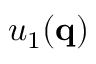
u _ { 1 } ( \mathbf { q } )